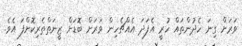
ވަރަށް ގިނަ ހެދުންތައް ހުރީ އެފަދަ އެއްޗެހިން ވަރަށް ބޮޑަށް ޒީނަތްތެރިކޮށްފަ އެވެ.